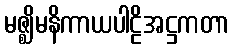
မဇ္ဈိမနိကာယပါဠိအဋ္ဌကတာ